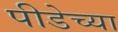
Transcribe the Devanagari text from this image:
पीडेच्या